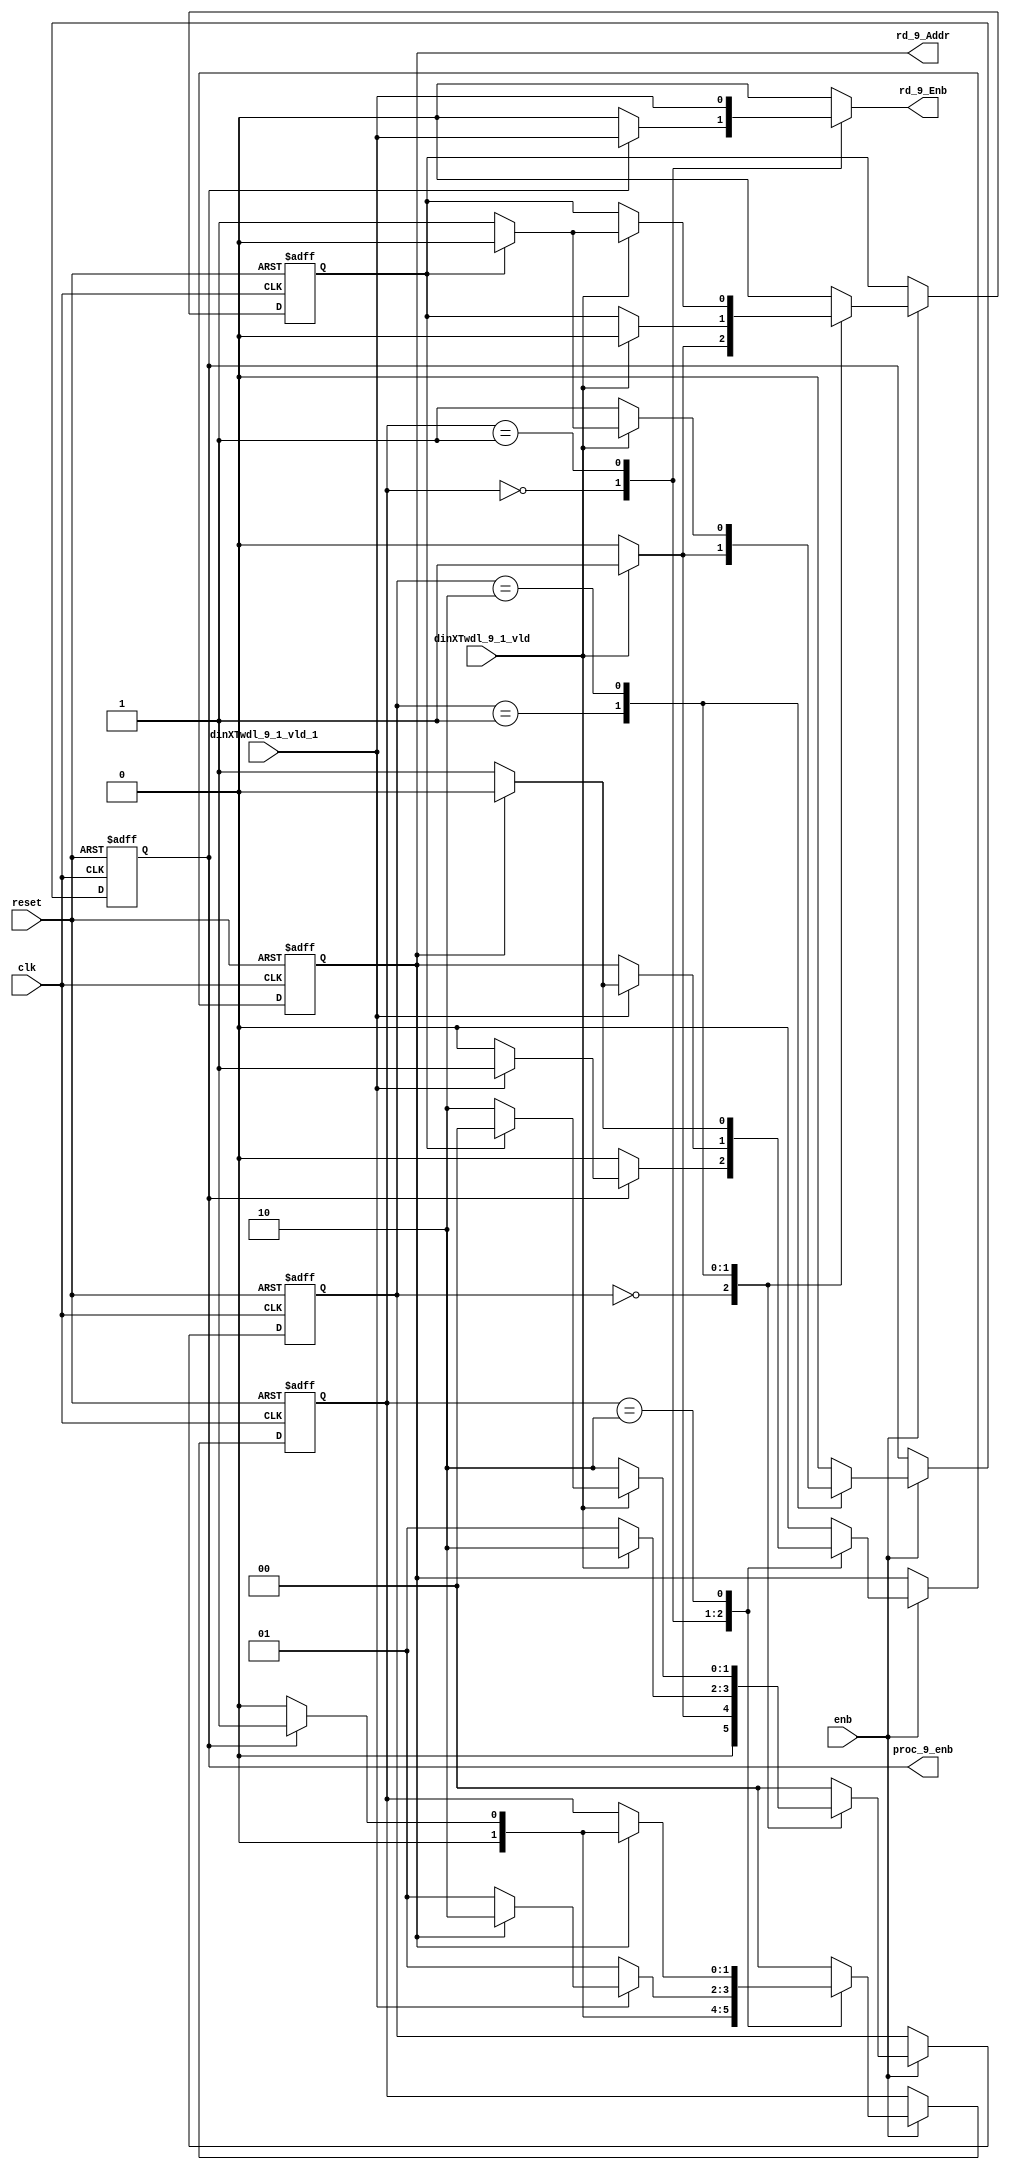
// -------------------------------------------------------------
// 
// 
// Generated by MATLAB 9.13 and HDL Coder 4.0
// 
// -------------------------------------------------------------


// -------------------------------------------------------------
// 
// Module: RADIX22FFT_CTRL1_9
// Source Path: tb_FFT/DUT/FFT/RADIX22FFT_CTRL1_9
// Hierarchy Level: 2
// 
// -------------------------------------------------------------

`timescale 1 ns / 1 ns

module RADIX22FFT_CTRL1_9
          (clk,
           reset,
           enb,
           dinXTwdl_9_1_vld,
           dinXTwdl_9_1_vld_1,
           rd_9_Addr,
           rd_9_Enb,
           proc_9_enb);


  input   clk;
  input   reset;
  input   enb;
  input   dinXTwdl_9_1_vld;
  input   dinXTwdl_9_1_vld_1;
  output  rd_9_Addr;  // ufix1
  output  rd_9_Enb;
  output  proc_9_enb;


  reg  SDFController_wrCount;  // ufix1
  reg [1:0] SDFController_wrState;  // ufix2
  reg [1:0] SDFController_rdState;  // ufix2
  reg  SDFController_rdAddr_reg;  // ufix1
  reg  SDFController_procEnb_reg;
  reg [1:0] SDFController_multjState;  // ufix2
  reg  SDFController_multiply_J_reg;
  reg  SDFController_wrCount_next;  // ufix1
  reg [1:0] SDFController_wrState_next;  // ufix2
  reg [1:0] SDFController_rdState_next;  // ufix2
  reg  SDFController_rdAddr_reg_next;  // ufix1
  reg  SDFController_procEnb_reg_next;
  reg [1:0] SDFController_multjState_next;  // ufix2
  reg  SDFController_multiply_J_reg_next;
  reg  rd_9_Addr_1;  // ufix1
  reg  rd_9_Enb_1;
  reg  proc_9_enb_1;
  reg  multiply_9_J;


  // SDFController
  always @(posedge clk or posedge reset)
    begin : SDFController_process
      if (reset == 1'b1) begin
        SDFController_wrCount <= 1'b0;
        SDFController_rdAddr_reg <= 1'b0;
        SDFController_wrState <= 2'b00;
        SDFController_rdState <= 2'b00;
        SDFController_multjState <= 2'b00;
        SDFController_procEnb_reg <= 1'b0;
        SDFController_multiply_J_reg <= 1'b0;
      end
      else begin
        if (enb) begin
          SDFController_wrCount <= SDFController_wrCount_next;
          SDFController_wrState <= SDFController_wrState_next;
          SDFController_rdState <= SDFController_rdState_next;
          SDFController_rdAddr_reg <= SDFController_rdAddr_reg_next;
          SDFController_procEnb_reg <= SDFController_procEnb_reg_next;
          SDFController_multjState <= SDFController_multjState_next;
          SDFController_multiply_J_reg <= SDFController_multiply_J_reg_next;
        end
      end
    end

  always @(SDFController_multiply_J_reg, SDFController_multjState,
       SDFController_procEnb_reg, SDFController_rdAddr_reg,
       SDFController_rdState, SDFController_wrCount, SDFController_wrState,
       dinXTwdl_9_1_vld, dinXTwdl_9_1_vld_1) begin
    SDFController_wrCount_next = SDFController_wrCount;
    SDFController_wrState_next = SDFController_wrState;
    SDFController_rdState_next = SDFController_rdState;
    SDFController_rdAddr_reg_next = SDFController_rdAddr_reg;
    SDFController_procEnb_reg_next = SDFController_procEnb_reg;
    SDFController_multjState_next = SDFController_multjState;
    SDFController_multiply_J_reg_next = SDFController_multiply_J_reg;
    case ( SDFController_multjState)
      2'b00 :
        begin
          SDFController_multjState_next = 2'b00;
          SDFController_multiply_J_reg_next = 1'b0;
          if (SDFController_rdState == 2'b01) begin
            SDFController_multjState_next = 2'b01;
          end
        end
      2'b01 :
        begin
          SDFController_multiply_J_reg_next = 1'b0;
          if (SDFController_rdState == 2'b10) begin
            SDFController_multjState_next = 2'b10;
          end
        end
      2'b10 :
        begin
          SDFController_multiply_J_reg_next = 1'b0;
          if (SDFController_rdState == 2'b01) begin
            SDFController_multjState_next = 2'b11;
            SDFController_multiply_J_reg_next = 1'b1;
          end
        end
      2'b11 :
        begin
          if (SDFController_rdState == 2'b01) begin
            SDFController_multjState_next = 2'b11;
            SDFController_multiply_J_reg_next = 1'b1;
          end
          else begin
            SDFController_multiply_J_reg_next = 1'b0;
            SDFController_multjState_next = 2'b00;
          end
        end
      default :
        begin
          SDFController_multjState_next = 2'b00;
          SDFController_multiply_J_reg_next = 1'b0;
        end
    endcase
    case ( SDFController_rdState)
      2'b00 :
        begin
          SDFController_rdState_next = 2'b00;
          SDFController_rdAddr_reg_next = 1'b0;
          rd_9_Enb_1 = 1'b0;
          if (SDFController_procEnb_reg) begin
            SDFController_rdState_next = 2'b01;
            rd_9_Enb_1 = dinXTwdl_9_1_vld_1;
            if (dinXTwdl_9_1_vld_1) begin
              SDFController_rdAddr_reg_next = 1'b1;
            end
          end
        end
      2'b01 :
        begin
          SDFController_rdState_next = 2'b01;
          rd_9_Enb_1 = dinXTwdl_9_1_vld_1;
          if (dinXTwdl_9_1_vld_1) begin
            if (SDFController_rdAddr_reg == 1'b1) begin
              SDFController_rdState_next = 2'b10;
              SDFController_rdAddr_reg_next = 1'b0;
            end
            else begin
              SDFController_rdAddr_reg_next = 1'b1;
            end
          end
        end
      2'b10 :
        begin
          rd_9_Enb_1 = 1'b0;
          if (SDFController_rdAddr_reg == 1'b1) begin
            SDFController_rdAddr_reg_next = 1'b0;
            if (SDFController_procEnb_reg) begin
              SDFController_rdState_next = 2'b01;
            end
            else begin
              SDFController_rdState_next = 2'b00;
            end
          end
          else begin
            SDFController_rdAddr_reg_next = 1'b1;
          end
        end
      default :
        begin
          SDFController_rdState_next = 2'b00;
          SDFController_rdAddr_reg_next = 1'b0;
          rd_9_Enb_1 = 1'b0;
        end
    endcase
    case ( SDFController_wrState)
      2'b00 :
        begin
          SDFController_wrState_next = 2'b00;
          SDFController_wrCount_next = 1'b0;
          SDFController_procEnb_reg_next = 1'b0;
          if (dinXTwdl_9_1_vld) begin
            SDFController_wrState_next = 2'b01;
            SDFController_wrCount_next = 1'b1;
          end
        end
      2'b01 :
        begin
          SDFController_wrState_next = 2'b01;
          SDFController_procEnb_reg_next = 1'b0;
          if (dinXTwdl_9_1_vld) begin
            SDFController_wrState_next = 2'b10;
            SDFController_procEnb_reg_next = 1'b1;
            SDFController_wrCount_next = 1'b0;
          end
        end
      2'b10 :
        begin
          SDFController_wrState_next = 2'b10;
          SDFController_procEnb_reg_next = 1'b1;
          if (dinXTwdl_9_1_vld) begin
            if (SDFController_wrCount == 1'b1) begin
              SDFController_wrState_next = 2'b00;
              SDFController_procEnb_reg_next = 1'b0;
              SDFController_wrCount_next = 1'b0;
            end
            else begin
              SDFController_wrCount_next = 1'b1;
            end
          end
        end
      default :
        begin
          SDFController_wrState_next = 2'b00;
          SDFController_wrCount_next = 1'b0;
          SDFController_procEnb_reg_next = 1'b0;
        end
    endcase
    rd_9_Addr_1 = SDFController_rdAddr_reg;
    proc_9_enb_1 = SDFController_procEnb_reg;
    multiply_9_J = SDFController_multiply_J_reg;
  end



  assign rd_9_Addr = rd_9_Addr_1;

  assign rd_9_Enb = rd_9_Enb_1;

  assign proc_9_enb = proc_9_enb_1;

endmodule  // RADIX22FFT_CTRL1_9